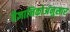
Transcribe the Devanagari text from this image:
वैज्ञानिकोअंनुसार